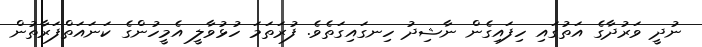
ނުދީ ވަރުދާގެ އަތުގައި ހިފައިގެން ނާޝިދު ހިނގައިގަތެވެ. ފުރަތަމަ ހުޅުވާލީ އެމީހުންގެ ކަނައަތްފަރާތުން